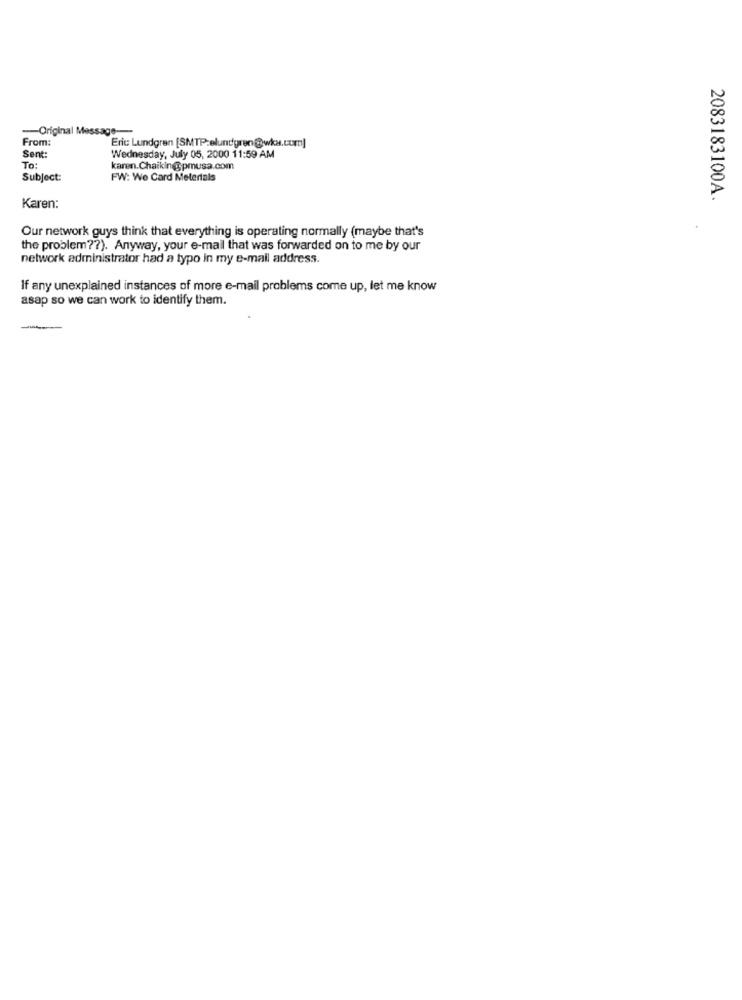
-- Original Message ---
From:
Eric Lundgren [SMTP:elundgren@wka.com]
Sent:
Wednesday, July 05, 2000 11:59 AM
To:
karen.Chaikin@pmusa.com
Subject:
FW: We Card Meterials
2083183100A.
Karen:
Our network guys think that everything is operating normally (maybe that's
the problem ?? ). Anyway, your e-mail that was forwarded on to me by our
network administrator had a typo in my e-mail address.
If any unexplained instances of more e-mail problems come up, let me know
asap so we can work to identify them.